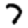
Digit: 7